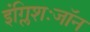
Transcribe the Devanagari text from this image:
इंग्लिशःजॉन